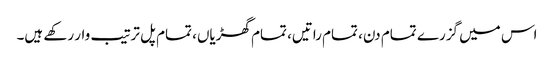
اس میں گزرے تمام دن، تمام راتیں، تمام گھڑیاں، تمام پل ترتیب وار رکھے ہیں۔